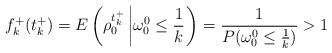
LaTeX: \begin{align*}f_k^+(t_k^+)=E\left(\rho_0^{t_k^+}\left|\omega_0^0\leq\frac{1}{k}\right.\right)=\frac{1}{P(\omega_0^0\leq\frac{1}{k})}>1\end{align*}